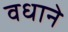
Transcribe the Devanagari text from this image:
वधाने